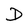
Character: D